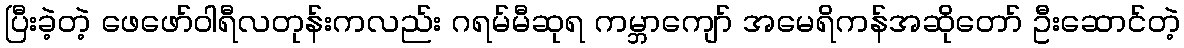
ပြီးခဲ့တဲ့ ဖေဖော်ဝါရီလတုန်းကလည်း ဂရမ်မီဆုရ ကမ္ဘာကျော် အမေရိကန်အဆိုတော် ဦးဆောင်တဲ့